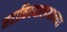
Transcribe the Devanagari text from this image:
महाविदयालयाच्या